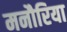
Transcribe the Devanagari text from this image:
मनौरिया